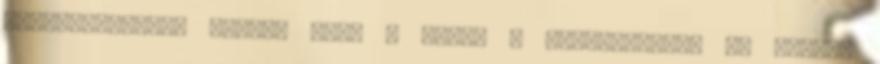
biztosítottnak látom, hogy a lakók a továbbiakban is többet